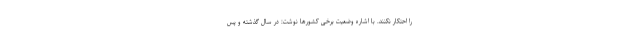
را احتکار نکنند. با اشاره وضعیت برخی کشورها نوشت: در سال گذشته و پس